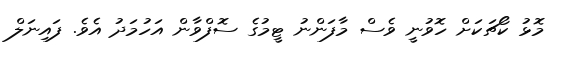
މޮޅު ކޯޗަކަށް ހޮވުނީ ވެސް މާފަންނު ޓީމުގެ ސޮފްވާން އަހުމަދު އެވެ. ފައިނަލް